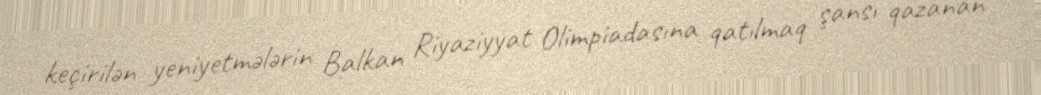
keçirilən yeniyetmələrin Balkan Riyaziyyat Olimpiadasına qatılmaq şansı qazanan